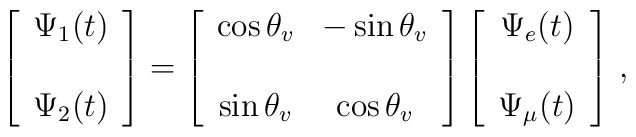
\left[\begin{array}{cc} \Psi_1(t) \\ \\ \Psi_2(t) \end{array}\right]=\left[\begin{array}{cc}\cos{\theta_v} & -\sin{\theta_v} \\ \\\sin{\theta_v} & \cos{\theta_v}\end{array}\right]\left[\begin{array}{cc} \Psi_e(t) \\ \\ \Psi_{\mu}(t) \end{array}\right]\,,